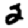
Digit: 2